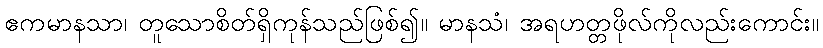
ဧကမာနသာ၊ တူသောစိတ်ရှိကုန်သည်ဖြစ်၍။ မာနသံ၊ အရဟတ္တဖိုလ်ကိုလည်းကောင်း။